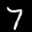
Label: 7